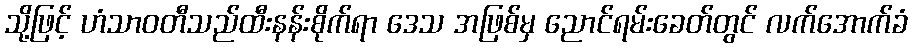
သို့ဖြင့် ဟံသာဝတီသည်ထီးနန်းစိုက်ရာ ဒေသ အဖြစ်မှ ညောင်ရမ်းခေတ်တွင် လက်အောက်ခံ